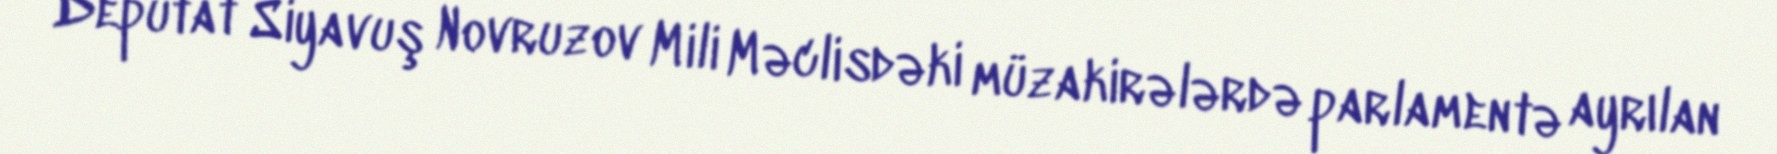
Deputat Siyavuş Novruzov Mili Məclisdəki müzakirələrdə parlamentə ayrılan